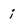
Character: i